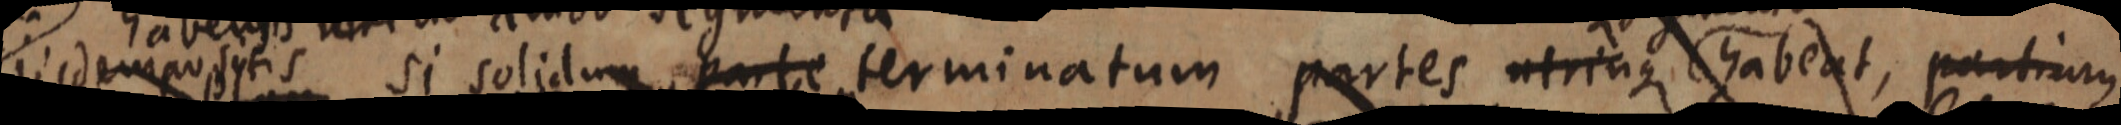
aidmposstis si solidum arte terminatum pertes utrinque chabent, partiums